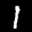
Label: 1